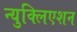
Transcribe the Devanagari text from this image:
न्युक्लिएशन